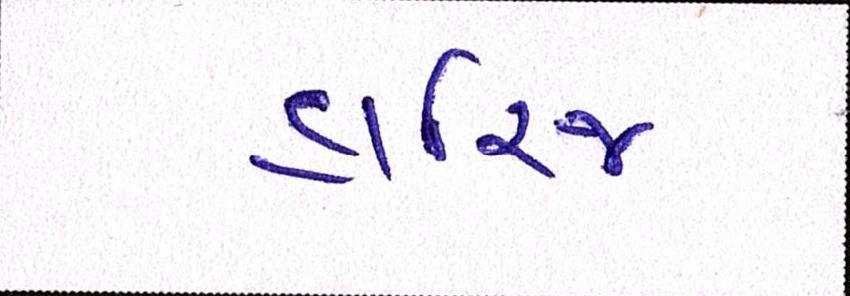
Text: હારિજ